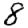
Digit: 8